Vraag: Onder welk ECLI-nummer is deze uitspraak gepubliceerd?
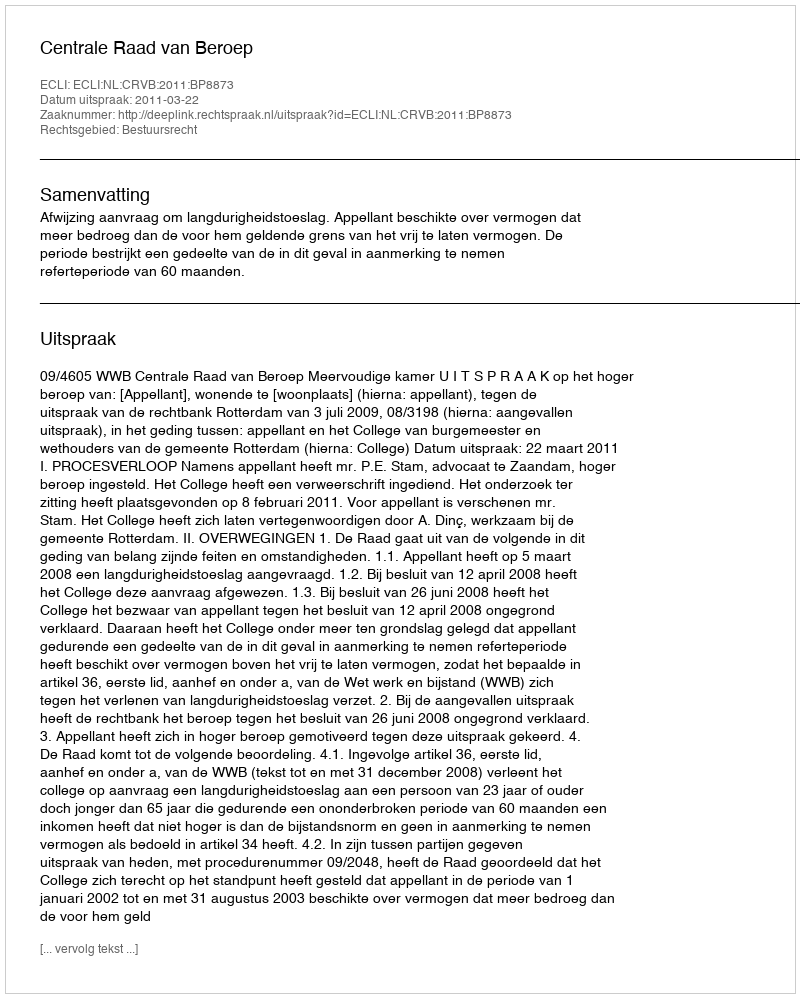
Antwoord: ECLI:NL:CRVB:2011:BP8873